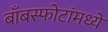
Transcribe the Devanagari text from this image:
बाँबस्फोटांमध्ये